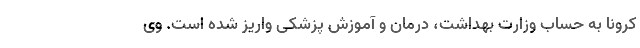
کرونا به حساب وزارت بهداشت، درمان و آموزش پزشکی واریز شده است. وی